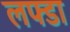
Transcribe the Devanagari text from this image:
लफ्डा